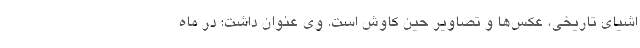
اشیای تاریخی، عکس‌ها و تصاویر حین کاوش است. وی عنوان داشت: در ماه